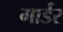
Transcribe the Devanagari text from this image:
गार्डर